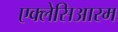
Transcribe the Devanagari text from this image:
एक्लेसिआरम